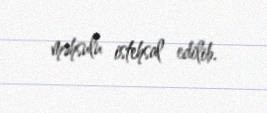
məhsulu istehsal edilib.